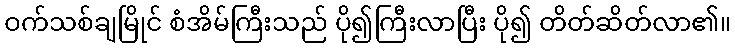
ဝက်သစ်ချမြိုင် စံအိမ်ကြီးသည် ပို၍ကြီးလာပြီး ပို၍ တိတ်ဆိတ်လာ၏။